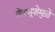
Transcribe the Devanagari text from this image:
वेषभूशेमुळे